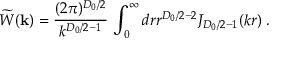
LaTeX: \widetilde { W } ( { \bf k } ) = \frac { ( 2 \pi ) ^ { { D _ { 0 } } / 2 } } { k ^ { { D _ { 0 } } / 2 - 1 } } \, \int _ { 0 } ^ { \infty } d r r ^ { { D _ { 0 } } / 2 - 2 } J _ { { D _ { 0 } } / 2 - 1 } ( k r ) \; .